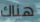
هناك